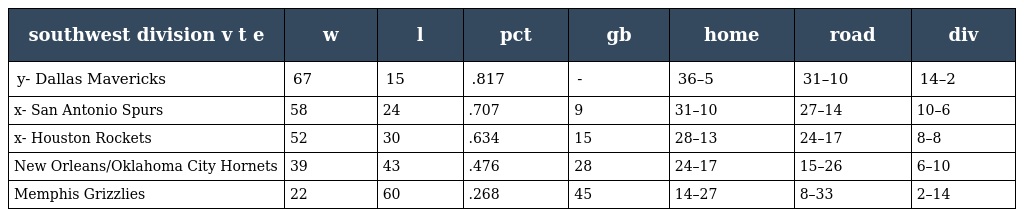
| southwest division v t e | w | l | pct | gb | home | road | div |
 | --- | --- | --- | --- | --- | --- | --- | --- |
 | y- Dallas Mavericks | 67 | 15 | .817 | - | 36–5 | 31–10 | 14–2 |
 | x- San Antonio Spurs | 58 | 24 | .707 | 9 | 31–10 | 27–14 | 10–6 |
 | x- Houston Rockets | 52 | 30 | .634 | 15 | 28–13 | 24–17 | 8–8 |
 | New Orleans/Oklahoma City Hornets | 39 | 43 | .476 | 28 | 24–17 | 15–26 | 6–10 |
 | Memphis Grizzlies | 22 | 60 | .268 | 45 | 14–27 | 8–33 | 2–14 |